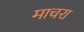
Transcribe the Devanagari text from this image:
माचरा